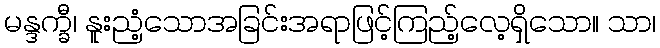
မန္ဒက္ခီ၊ နူးညံ့သောအခြင်းအရာဖြင့်ကြည့်လေ့ရှိသော။ သာ၊